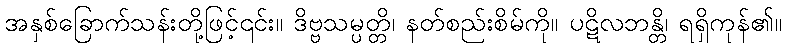
အနှစ်ခြောက်သန်းတို့ဖြင့်၎င်း။ ဒိဗ္ဗသမ္ပတ္တိ၊ နတ်စည်းစိမ်ကို။ ပဋိလဘန္တိ၊ ရရှိကုန်၏။